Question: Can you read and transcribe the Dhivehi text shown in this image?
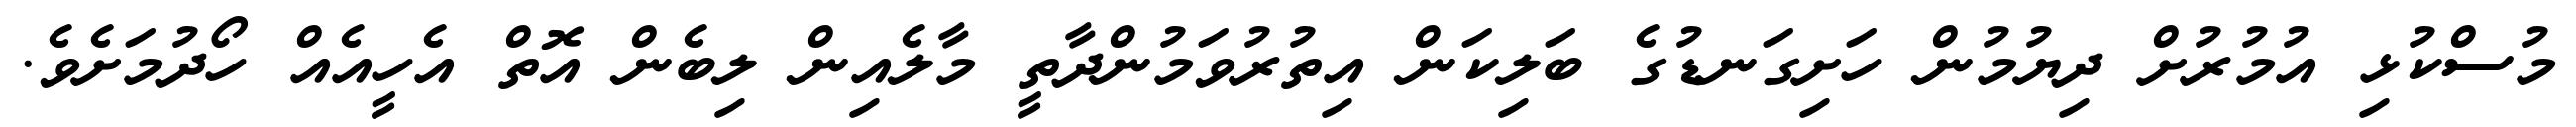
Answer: މުސްކުޅި އުމުރުށް ދިޔުމުން ހަށިގަނޑުގެ ބަލިކަން އިތުރުވަމުންދާތީ މާލެއިން ލިބެން އޮތް އެހީއެއް ހޯދުމަށެވެ.